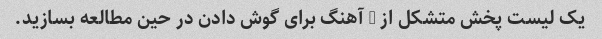
یک لیست پخش متشکل از 8 آهنگ برای گوش دادن در حین مطالعه بسازید.